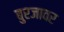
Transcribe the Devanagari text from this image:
बुरजावर